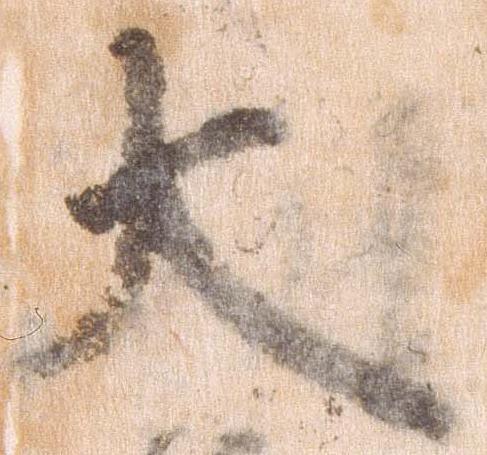
大